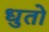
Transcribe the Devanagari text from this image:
धुतो